Scottish Leaving Certificate Examination, 1961
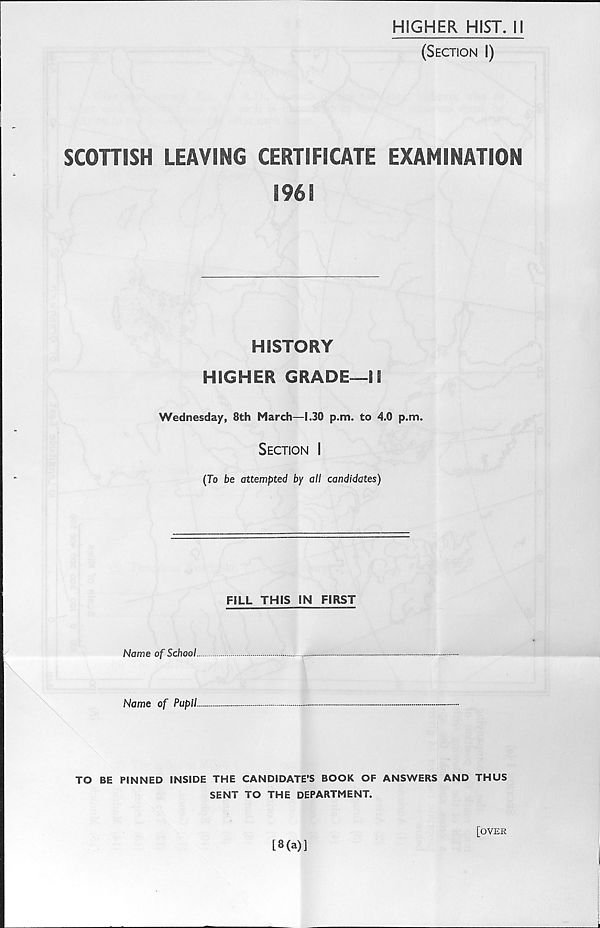
HIGHER HIST. II
(Section I)
SCOHISH LEAVING CERTIFICATE EXAMINATION
1961
HISTORY
HIGHER GRADE—11
Wednesday, 8th March—1.30 p.m. to 4.0 p.m.
Section I
(To be attempted by all candidates)
FILL THIS IN FIRST
Name of School.
Name of Pupil
TO BE PINNED INSIDE THE CANDIDATE’S BOOK OF ANSWERS AND THUS
SENT TO THE DEPARTMENT.
[3(a)]
[over